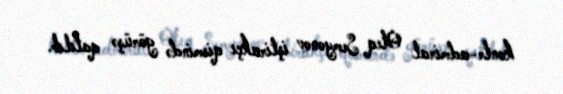
kontr-admiral Oleq Semyonov iştirakçı qismində görüşə qatılıb.